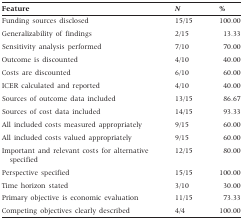
| Feature | N | % |
 | --- | --- | --- |
 | Funding sources disclosed | 15/15 | 100.00 |
 | Generalizability of findings | 2/15 | 13.33 |
 | Sensitivity analysis performed | 7/10 | 70.00 |
 | Outcome is discounted | 4/10 | 40.00 |
 | Costs are discounted | 6/10 | 60.00 |
 | ICER calculated and reported | 4/10 | 40.00 |
 | Sources of outcome data included | 13/15 | 86.67 |
 | Sources of cost data included | 14/15 | 93.33 |
 | All included costs measured appropriately | 9/15 | 60.00 |
 | All included costs valued appropriately | 9/15 | 60.00 |
 | Important and relevant costs for alternative specified | 12/15 | 80.00 |
 | Perspective specified | 15/15 | 100.00 |
 | Time horizon stated | 3/10 | 30.00 |
 | Primary objective is economic evaluation | 11/15 | 73.33 |
 | Competing objectives clearly described | 4/4 | 100.00 |